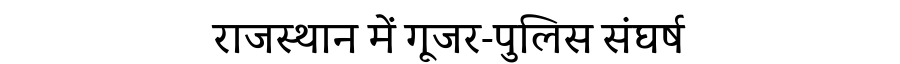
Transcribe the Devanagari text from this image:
राजस्थान में गूजर-पुलिस संघर्ष